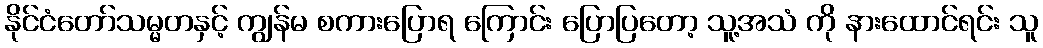
နိုင်ငံတော်သမ္မတနှင့် ကျွန်မ စကားပြောရ ကြောင်း ပြောပြတော့ သူ့အသံ ကို နားထောင်ရင်း သူ